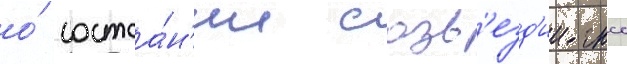
о́ состоа́н'ии созв'езд'ии гнсс